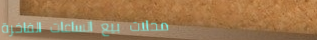
محلات بيع الساعات الفاخرة